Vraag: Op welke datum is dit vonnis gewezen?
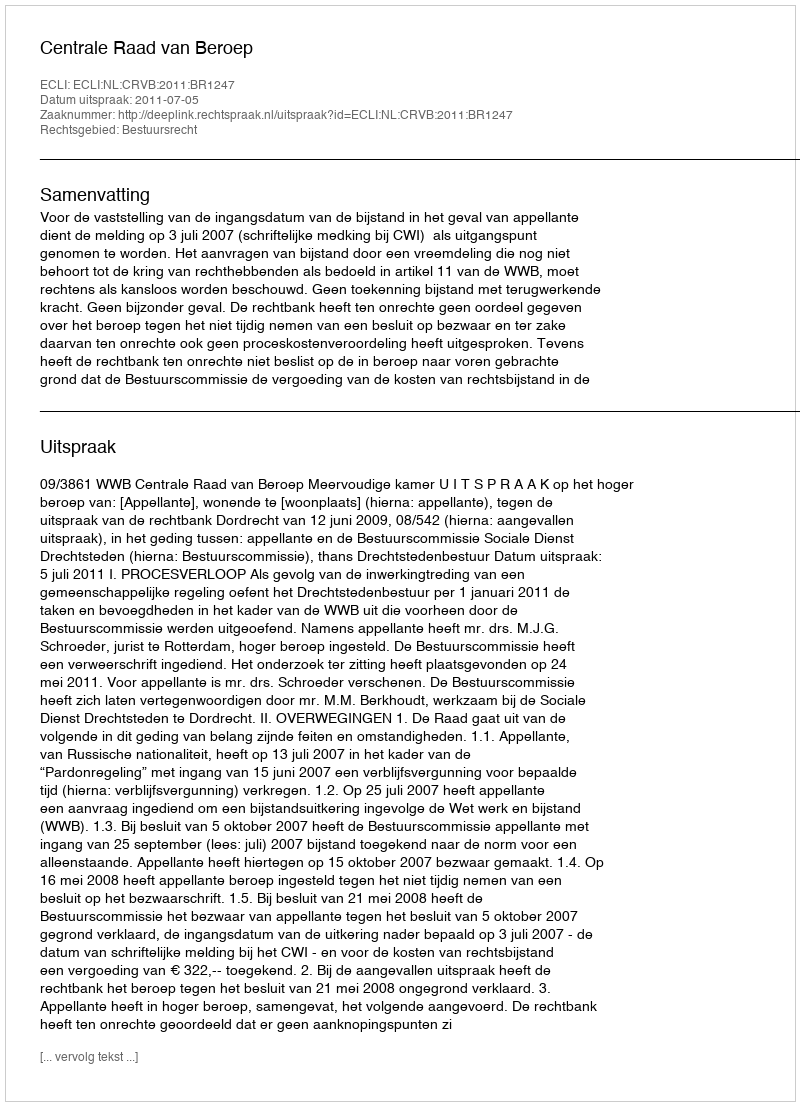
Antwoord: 2011-07-05